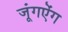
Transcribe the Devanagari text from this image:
जूंगऐंग